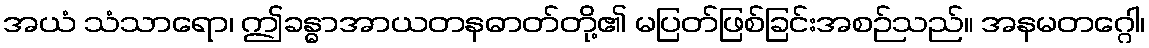
အယံ သံသာရော၊ ဤခန္ဓာအာယတနဓာတ်တို့၏ မပြတ်ဖြစ်ခြင်းအစဉ်သည်။ အနမတဂ္ဂေါ၊